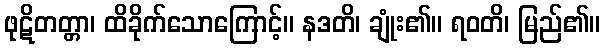
ဖုဋိတတ္တာ၊ ထိခိုက်သောကြောင့်။ နဒတိ၊ ချုံး၏။ ရဝတိ၊ မြည်၏။